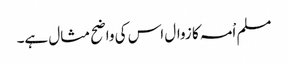
مسلم اْمہ کا زوال اس کی واضح مثال ہے۔